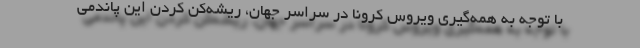
با توجه به همه‌گیری ویروس کرونا در سراسر جهان، ریشه‌کن کردن این پاندمی